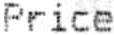
PRICE